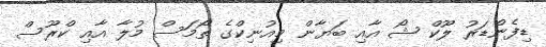
ޑިފެންޑަރު ލޫކް ޝޯ އާއި ބަޔާން މިއުނިކްގެ ތޯމަސް މުލާ އާއި ކްރޫސް